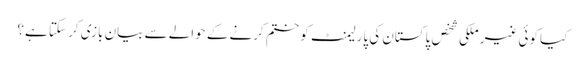
کیا کوئی غیر ملکی شخص پاکستان کی پارلیمنٹ کو ختم کرنے کے حوالے سے بیان بازی کر سکتا ہے؟